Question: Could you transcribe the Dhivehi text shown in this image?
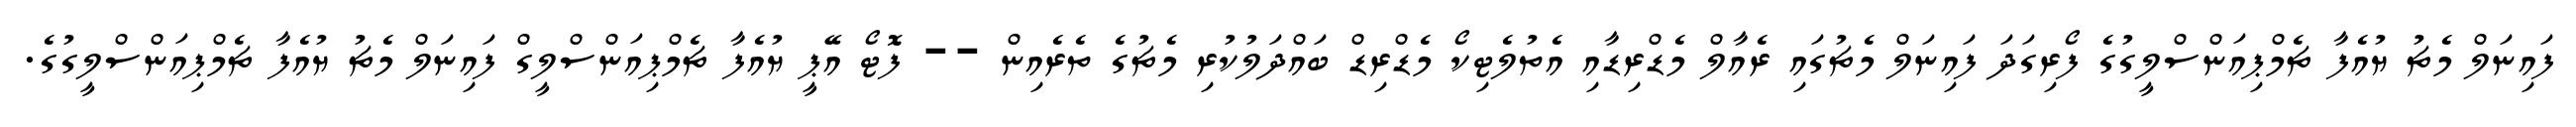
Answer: ފައިނަލް މެޗު ޔުއެފާ ޗެމްޕިއަންސްލީގުގެ ފޯރިގަދަ ފައިނަލް މެޗުގައި ރެއާލް މެޑްރިޑާއި އެތުލެޓިކޯ މެޑްރިޑް ބައްދަލުކުރި މެޗުގެ ތެރެއިން -- ފޮޓޯ އޭޕީ ޔުއެފާ ޗެމްޕިއަންސްލީގް ފައިނަލް މެޗު ޔުއެފާ ޗެމްޕިއަންސްލީގުގެ.